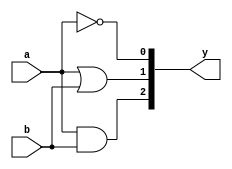
module s_andornot(a,b,y);
input a,b;
output [2:0]y;
and f(y[2],a,b);
or o(y[1],a,b);
not n(y[0],a);
endmodule